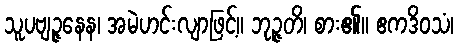
သူပဗျဉ္ဇနေန၊ အမဲဟင်းလျာဖြင့်။ ဘုဉ္ဇတိ၊ စား၏။ ဧကဒိဝသံ၊